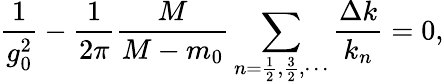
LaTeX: \frac{1}{g_{0}^{2}}-\frac{1}{2\pi}\frac{M}{M-m_{0}}\sum_{n=\frac 12,\frac 32,\cdots}\frac{\Delta k}{k_{n}}=0,